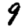
Digit: 9